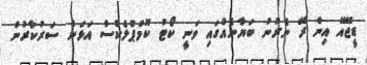
ޑީޖޭއޭ އިން ރޭ ނެރުނު ބަޔާނެއްގައި ވަނީ ކޯޓު ކޮމްޕްލެކްސް އަޅަން ސަރުކާރުން